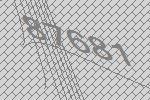
87681